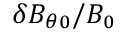
\delta B _ { \theta 0 } / B _ { 0 }